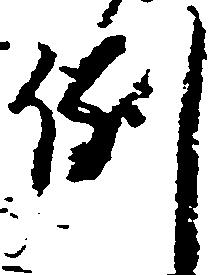
例